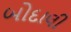
બોદાલી